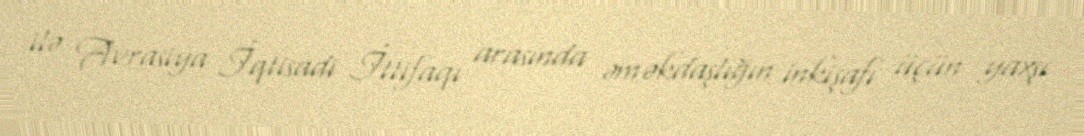
ilə Avrasiya İqtisadi İttifaqı arasında əməkdaşlığın inkişafı üçün yaxşı